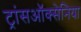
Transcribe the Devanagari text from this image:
ट्रांसऑक्सेनिया